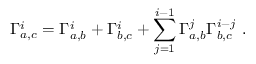
\Gamma _ { a , c } ^ { i } = \Gamma _ { a , b } ^ { i } + \Gamma _ { b , c } ^ { i } + \sum _ { j = 1 } ^ { i - 1 } \Gamma _ { a , b } ^ { j } \Gamma _ { b , c } ^ { i - j } ~ .